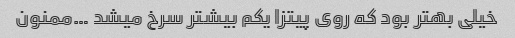
خیلی بهتر بود که روی پیتزا یکم بیشتر سرخ میشد …ممنون